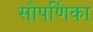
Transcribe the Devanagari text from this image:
सौपर्णिका